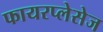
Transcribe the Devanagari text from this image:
फायरप्लेसेज